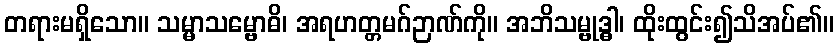
တရားမရှိသော။ သမ္မာသမ္ဗောဓိ၊ အရဟတ္တမဂ်ဉာဏ်ကို။ အဘိသမ္ဗုဒ္ဓါ၊ ထိုးထွင်း၍သိအပ်၏။